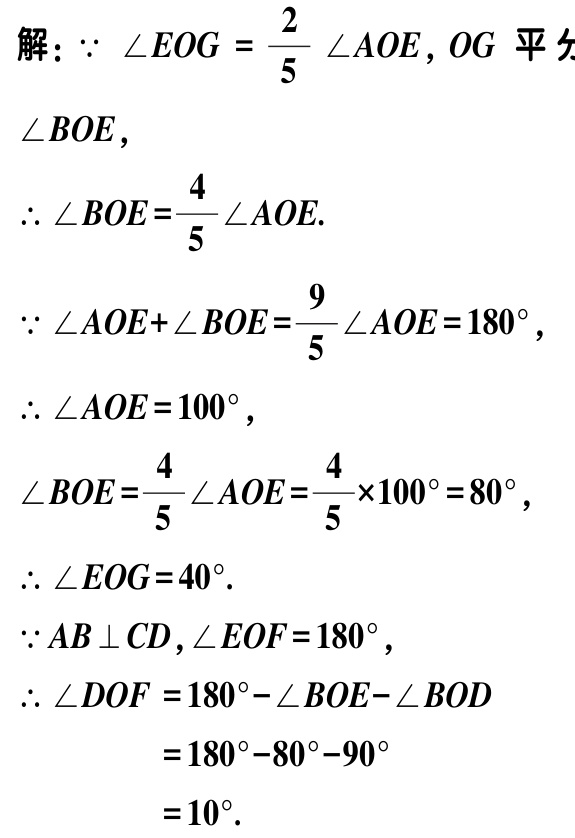
解：$\because \angle EOG = \frac{2}{5} \angle AOE$, $OG$ 平分

$\angle BOE$,

$\therefore \angle BOE=\frac{4}{5}\angle AOE$.

$\because \angle AOE+\angle BOE=\frac{9}{5}\angle AOE = 180^{\circ}$,

$\therefore \angle AOE = 100^{\circ}$,

$\angle BOE=\frac{4}{5}\angle AOE=\frac{4}{5}\times100^{\circ}=80^{\circ}$,

$\therefore \angle EOG = 40^{\circ}$.

$\because AB \perp CD$, $\angle EOF = 180^{\circ}$,

$\therefore \angle DOF = 180^{\circ}-\angle BOE-\angle BOD$

$= 180^{\circ}-80^{\circ}-90^{\circ}$

$= 10^{\circ}$.